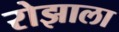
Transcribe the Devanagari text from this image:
रोझाला